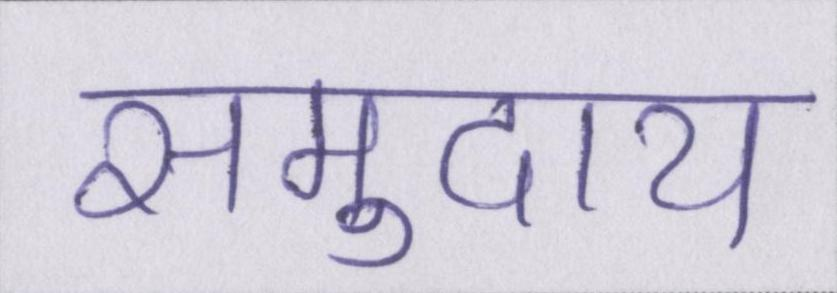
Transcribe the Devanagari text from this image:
समुदाय